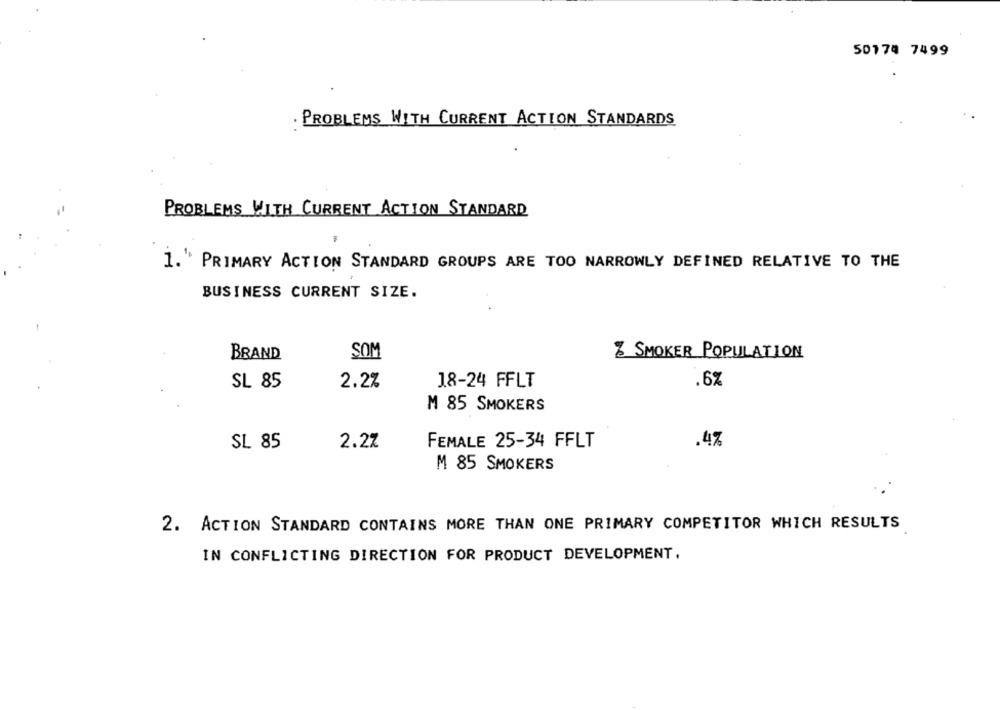
50174 7499
. PROBLEMS WITH CURRENT ACTION STANDARDS
PROBLEMS WITH CURRENT ACTION STANDARD
1.' PRIMARY ACTION STANDARD GROUPS ARE TOO NARROWLY DEFINED RELATIVE TO THE
BUSINESS CURRENT SIZE.
BRAND
SOM
Z SMOKER POPULATION
SL 85
2.2%
18-24 FFLT
.6%
M 85 SMOKERS
SL 85
2.27
FEMALE 25-34 FFLT
.4%
M 85 SMOKERS
2. ACTION STANDARD CONTAINS MORE THAN ONE PRIMARY COMPETITOR WHICH RESULTS
IN CONFLICTING DIRECTION FOR PRODUCT DEVELOPMENT.